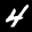
Label: 4